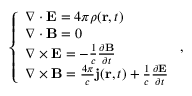
\left\{ \begin{array} { l l } { \nabla \cdot \mathbf { E } = 4 \pi \rho ( \mathbf { r } , t ) } \\ { \nabla \cdot \mathbf { B } = 0 } \\ { \nabla \times \mathbf { E } = - \frac { 1 } { c } \frac { \partial \mathbf { B } } { \partial t } } \\ { \nabla \times \mathbf { B } = \frac { 4 \pi } { c } \mathbf { j } ( \mathbf { r } , t ) + \frac { 1 } { c } \frac { \partial \mathbf { E } } { \partial t } } \end{array} \right. ,